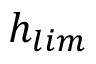
{ h _ { l i m } }